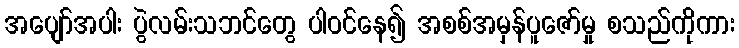
အပျော်အပါး ပွဲလမ်းသဘင်တွေ ပါဝင်နေ၍ အစစ်အမှန်ပူဇော်မှု စသည်ကိုကား